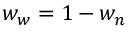
w _ { w } = 1 - w _ { n }